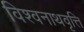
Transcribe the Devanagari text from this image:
विश्वनाथवृत्ति